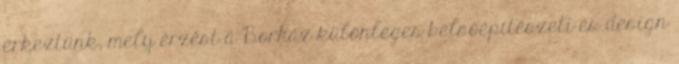
érkeztünk, mely érzést a Borház különleges belsőépítészeti és design